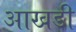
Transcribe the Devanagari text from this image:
आखडी